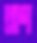
প্রাণ